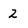
Character: 2